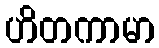
ဟိတကာမာ